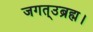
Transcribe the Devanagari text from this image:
जगत्उब्रह्म।